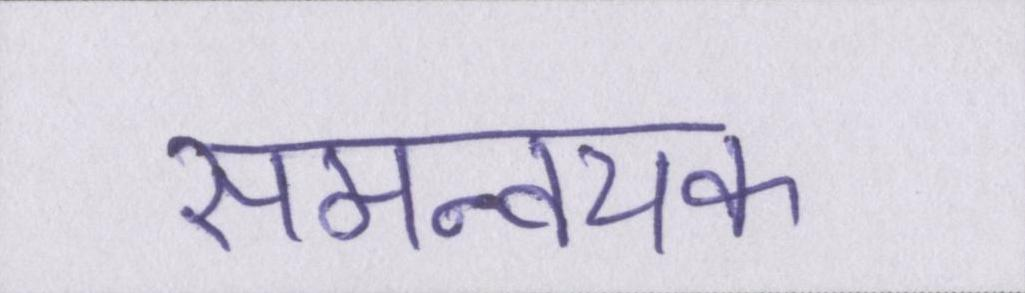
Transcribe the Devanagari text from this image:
समन्वयक